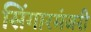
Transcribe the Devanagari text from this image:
सिंगारमंजरी